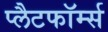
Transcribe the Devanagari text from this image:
प्लैटफॉर्म्स